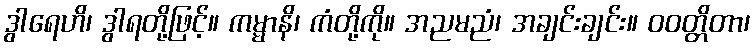
ဒွါရေဟိ၊ ဒွါရတို့ဖြင့်။ ကမ္မာနိ၊ ကံတို့ကို။ အညမညံ၊ အချင်းချင်း။ ဝဝတ္တိတာ၊